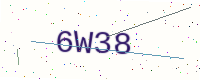
Text: 6W38